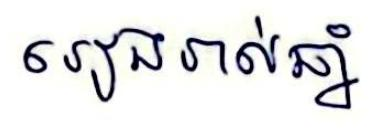
រៀងរាល់ឆ្នាំ